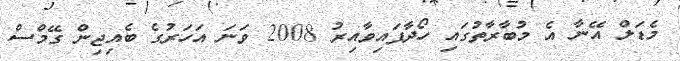
މެޑަލް އޭނާ އެ މުބާރާތުގައި ހޯދާފައިވާއިރު 2008 ވަނަ އަހަރުގެ ބެއިޖިން ގޭމްސް